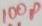
Text: 100p